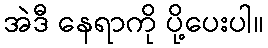
အဲဒီ နေရာကို ပို့ပေးပါ။